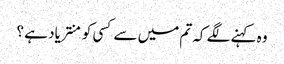
وہ کہنے لگے کہ تم میں سے کسی کو منتر یاد ہے ؟